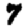
Digit: 7